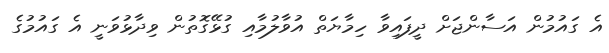
އެ ގައުމުން އަސާންޖަށް ދީފައިވާ ހިމާޔަތް އުވާލުމާއި ގުޅޭގޮތުން ވިދާޅުވަނީ އެ ގައުމުގެ